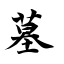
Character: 墓